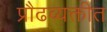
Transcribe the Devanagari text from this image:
प्रौढव्यक्तीत